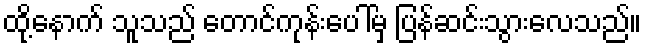
ထို့နောက် သူသည် တောင်ကုန်းပေါ်မှ ပြန်ဆင်းသွားလေသည်။